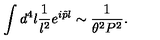
\int d ^ { 4 } l { \frac { 1 } { l ^ { 2 } } } e ^ { i \tilde { p } l } \sim { \frac { 1 } { \theta ^ { 2 } P ^ { 2 } } } .